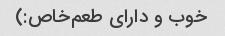
خوب و دارای طعم‌خاص:)